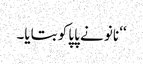
‘‘ نانو نے پاپا کو بتایا۔